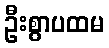
ဦးစွာပထမ